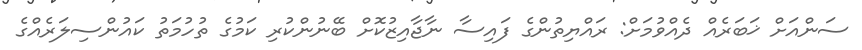
ސަންއަށް ޚަބަރެއް ދެއްވުމަށް: ރައްޔިތުންގެ ފައިސާ ނާޖާއިޒުކޮށް ބޭނުންކުރި ކަމުގެ ތުހުމަތު ކައުންސިލަރެއްގެ